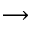
\longrightarrow